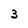
Character: 3